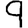
Digit: 9